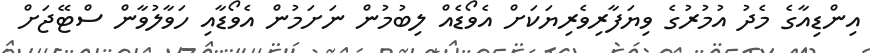
އިންޑިއާގެ މެދު އުމުރުގެ ވިޔަފާރިވެރިޔަކަށް އެވޯޑެއް ލިބުމުން ނަށަމުން އެވޯޑާއި ހަވާލުވާން ސްޓޭޖަށް